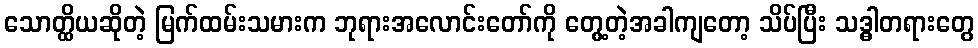
သောတ္ထိယဆိုတဲ့ မြက်ထမ်းသမားက ဘုရားအလောင်းတော်ကို တွေ့တဲ့အခါကျတော့ သိပ်ပြီး သဒ္ဓါတရားတွေ